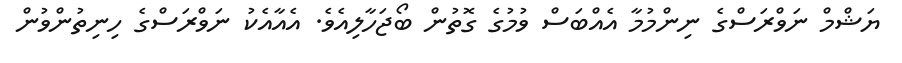
ޔަޝްމް ނަވްރަސްގެ ނިންމުމާ އެއްބަސް ވުމުގެ ގޮތުން ބޯޖަހާލިއެވެ. އެއާއެކު ނަވްރަސްގެ ހިނިތުންވުން